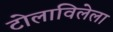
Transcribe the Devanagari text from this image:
टोलाविलेला